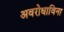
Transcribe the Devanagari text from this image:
अवरोधाविना